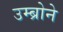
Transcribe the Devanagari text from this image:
उम्ब्रोने